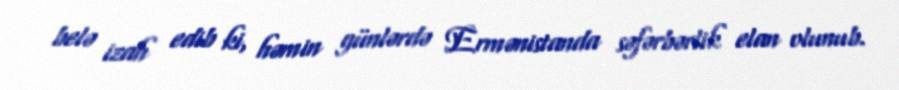
belə izah edib ki, həmin günlərdə Ermənistanda səfərbərlik elan olunub.